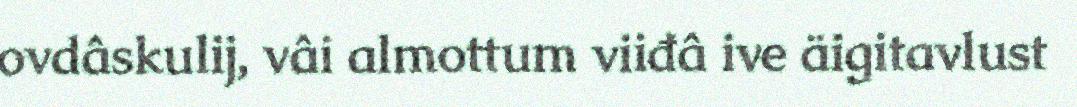
ovdâskulij, vâi almottum viiđâ ive äigitavlust